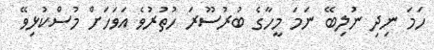
ހަމަ ނިދި ނުލިބޭ ނަމަ މީހާގެ ބުރުސޫރަ ހުތުރުވެ އަވަހަށް މުސްކުޅިވޭ